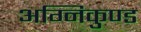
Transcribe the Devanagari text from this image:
अग्निकुण्ड